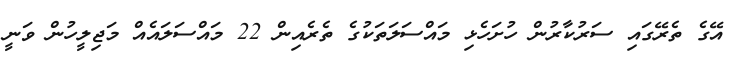
އޭގެ ތެރޭގައި ސަރުކާރުން ހުށަހެޅި މައްސަލަތަކުގެ ތެރެއިން 22 މައްސަލައެއް މަޖިލީހުން ވަނީ